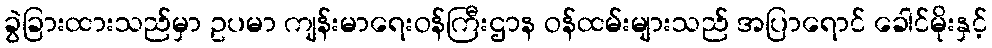
ခွဲခြားထားသည်မှာ ဥပမာ ကျန်းမာရေးဝန်ကြီးဌာန ဝန်ထမ်းများသည် အပြာရောင် ခေါင်မိုးနှင့်